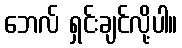
ဘေလ် ရှင်းချင်လို့ပါ။